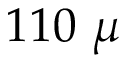
1 1 0 ~ \mu